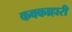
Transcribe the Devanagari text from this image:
कवकाहारी